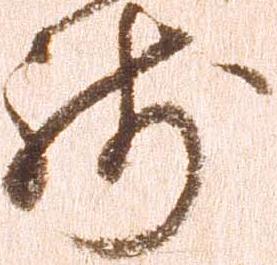
残